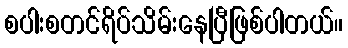
စပါးစတင်ရိပ်သိမ်းနေပြီဖြစ်ပါတယ်။